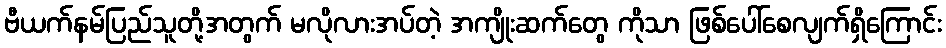
ဗီယက်နမ်ပြည်သူတို့အတွက် မလိုလားအပ်တဲ့ အကျိုးဆက်တွေ ကိုသာ ဖြစ်ပေါ်စေလျက်ရှိကြောင်း